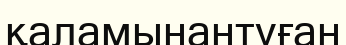
қаламынантуған